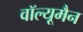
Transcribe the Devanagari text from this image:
वॉल्यूमैन